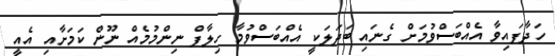
ހަދާފައިވާ އެއްބަސްވުމަށް ގެނައި ބަދަލަކީ އެއްބަސްވުމާ ހިލާފް ނިންމުމެއް ނޫން ކަމަށާއި އެއީ